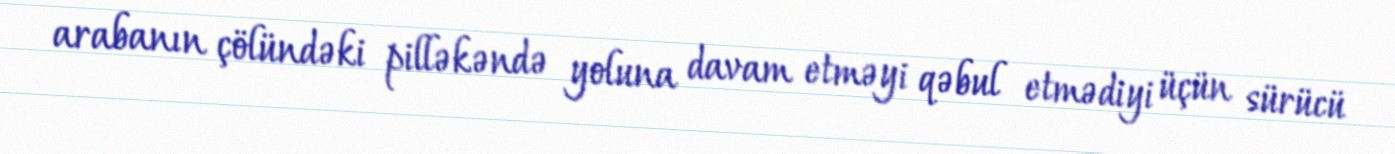
arabanın çölündəki pilləkəndə yoluna davam etməyi qəbul etmədiyi üçün sürücü